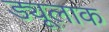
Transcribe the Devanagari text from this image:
ड्यूलाक